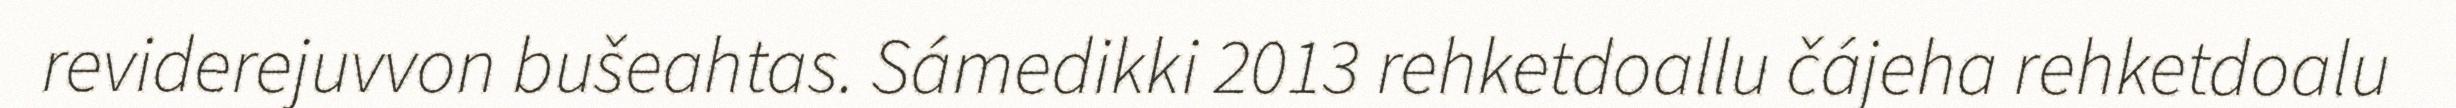
reviderejuvvon bušeahtas. Sámedikki 2013 rehketdoallu čájeha rehketdoalu